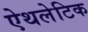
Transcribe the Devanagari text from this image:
ऐथलेटिक